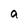
Character: a